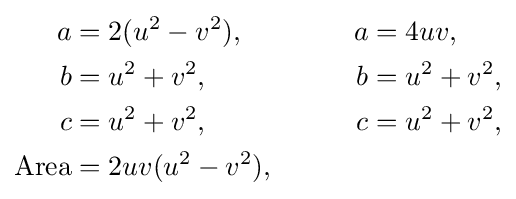
{\begin{aligned}a&=2(u^{2}-v^{2}),&\quad \quad a&=4uv,\\b&=u^{2}+v^{2},&\quad \quad b&=u^{2}+v^{2},\\c&=u^{2}+v^{2},&\quad \quad c&=u^{2}+v^{2},\\{\text{Area}}&=2uv(u^{2}-v^{2}),\end{aligned}}